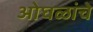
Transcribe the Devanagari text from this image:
ओघळांचे